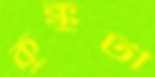
কুক্কুটী